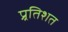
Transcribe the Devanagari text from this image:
प्र्रतिशत